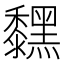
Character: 𪒚